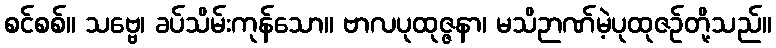
စင်စစ်။ သဗ္ဗေ၊ ခပ်သိမ်းကုန်သော။ ဗာလပုထုဇ္ဇနာ၊ မသိဉာဏ်မဲ့ပုထုဇဉ်တို့သည်။